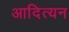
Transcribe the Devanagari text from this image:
आदित्यन